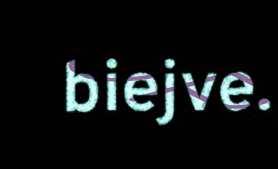
biejve.